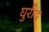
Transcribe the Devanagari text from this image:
घुरीद